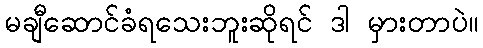
မချီဆောင်ခံရသေးဘူးဆိုရင် ဒါ မှားတာပဲ။